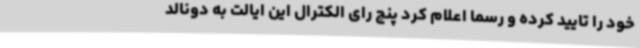
خود را تایید کرده و رسما اعلام کرد پنج رای الکترال این ایالت به دونالد